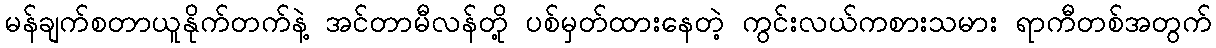
မန်ချက်စတာယူနိုက်တက်နဲ့ အင်တာမီလန်တို့ ပစ်မှတ်ထားနေတဲ့ ကွင်းလယ်ကစားသမား ရာကီတစ်အတွက်